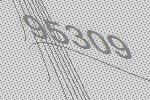
95309